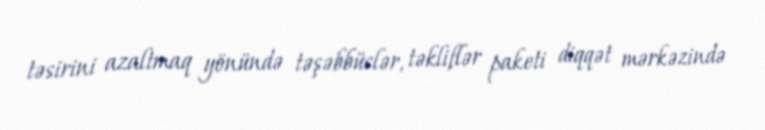
təsirini azaltmaq yönündə təşəbbüslər, təkliflər paketi diqqət mərkəzində